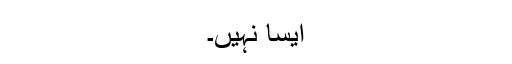
ایسا نہیں۔